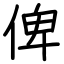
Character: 俾